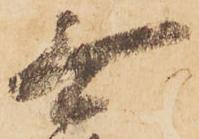
無